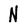
Character: N